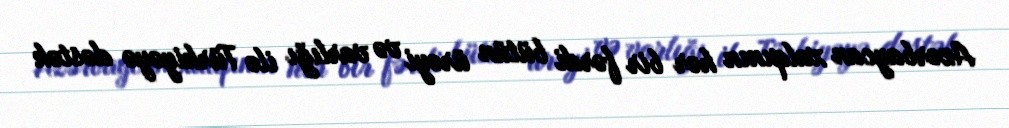
Azərbaycan xalqının hər bir fərdi bütün ürəyi və varlığı ilə Türkiyəyə dəstək